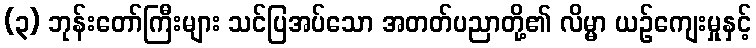
(၃) ဘုန်းတော်ကြီးများ သင်ပြအပ်သော အတတ်ပညာတို့၏ လိမ္မာ ယဉ်ကျေးမှုနှင့်